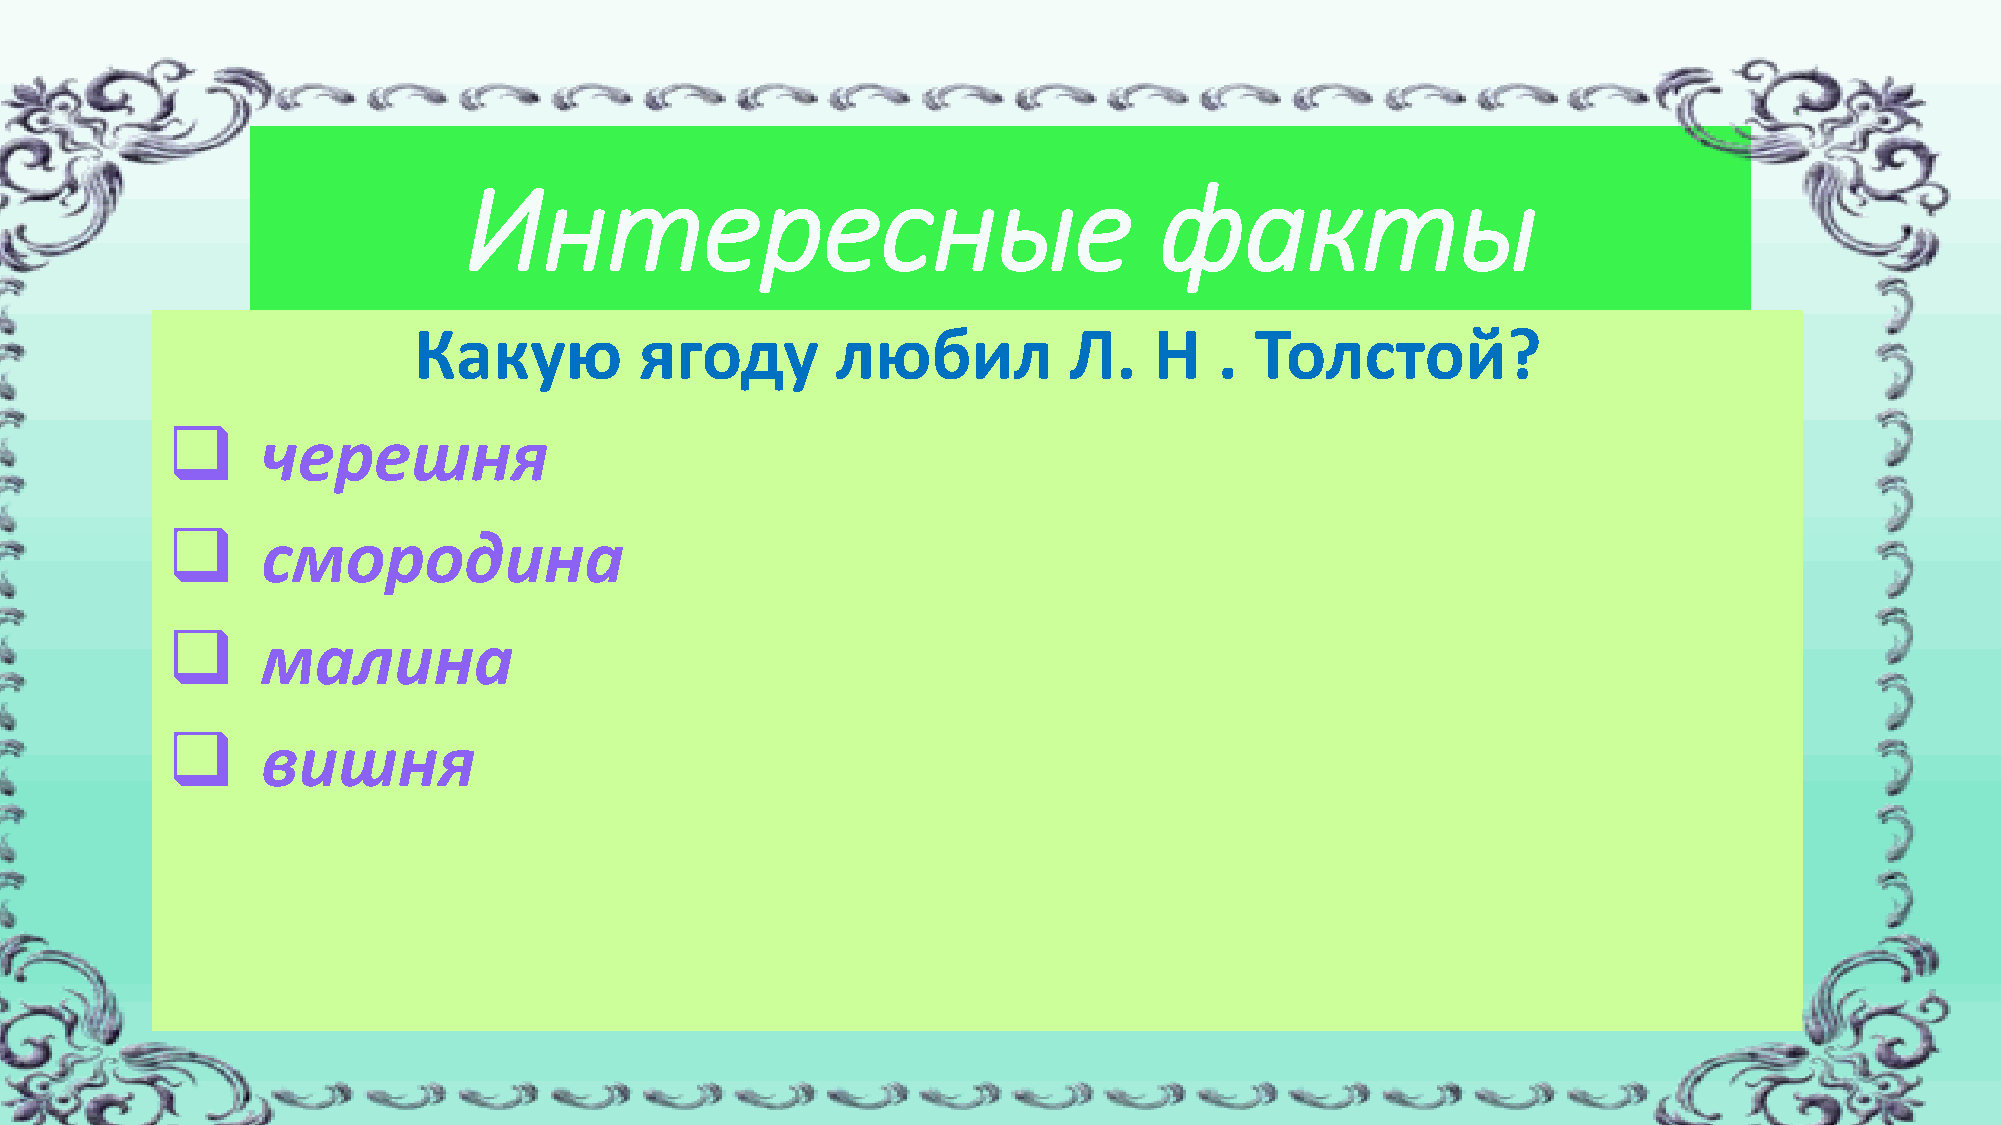
Интересные                                    факты
 Какую          ягоду        любил           Л.   Н    . Толстой?
 ❑     черешня
 ❑     смородина
 ❑     малина
 ❑     вишня